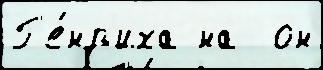
Г'е́нр'иха на  он